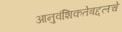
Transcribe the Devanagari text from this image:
आनुवंशिकतेबद्दलचे